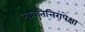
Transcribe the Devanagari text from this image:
गावतित्तिरापेक्षा